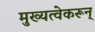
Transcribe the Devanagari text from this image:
मुख्यत्वेकरून्